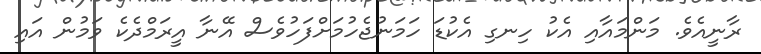
ރާނީއެވެ. މަންމައާއި އެކު ހިނގި އެކުޑަ ހަމަނުޖެހުމަށްފަހުވެސް އޭނާ އީރަމްދެކެ ވަމުން އައި